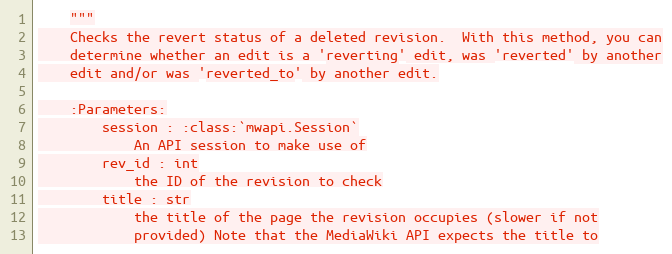
Language: Python
    """
    Checks the revert status of a deleted revision.  With this method, you can
    determine whether an edit is a 'reverting' edit, was 'reverted' by another
    edit and/or was 'reverted_to' by another edit.

    :Parameters:
        session : :class:`mwapi.Session`
            An API session to make use of
        rev_id : int
            the ID of the revision to check
        title : str
            the title of the page the revision occupies (slower if not
            provided) Note that the MediaWiki API expects the title to